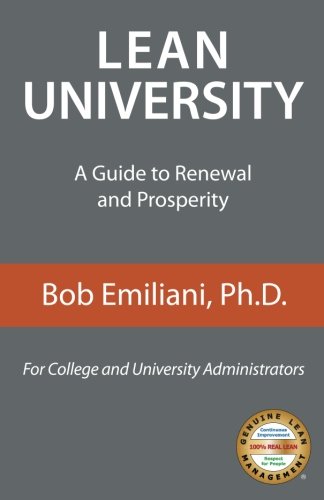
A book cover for Lean University: A Guide to Renewal and Prosperity; Bob Emiliani; Education & Teaching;